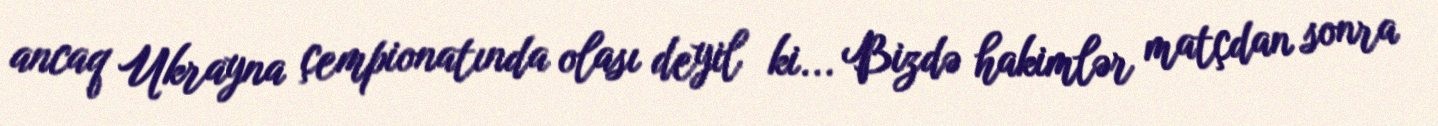
ancaq Ukrayna çempionatında olası deyil ki... Bizdə hakimlər matçdan sonra